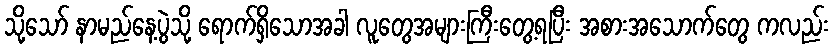
သို့သော် နာမည်နေ့ပွဲသို့ ရောက်ရှိသောအခါ လူတွေအများကြီးတွေ့ရပြီး အစားအသောက်တွေ ကလည်း